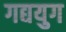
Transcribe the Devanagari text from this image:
गद्ययुग